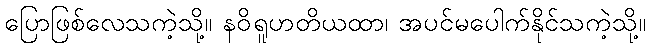
ပြောဖြစ်လေသကဲ့သို့။ နဝိရူဟတိယထာ၊ အပင်မပေါက်နိုင်သကဲ့သို့။